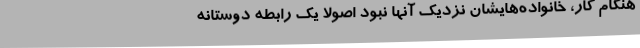
هنگام کار، خانواده‌هایشان نزدیک‌ آنها نبود اصولا یک رابطه دوستانه